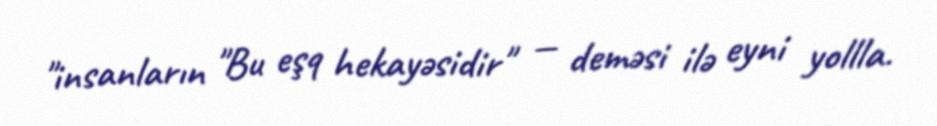
"insanların "Bu eşq hekayəsidir" — deməsi ilə eyni yollla.